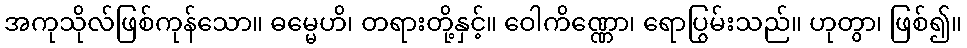
အကုသိုလ်ဖြစ်ကုန်သော။ ဓမ္မေဟိ၊ တရားတို့နှင့်။ ဝေါကိဏ္ဏော၊ ရောပြွမ်းသည်။ ဟုတွာ၊ ဖြစ်၍။